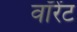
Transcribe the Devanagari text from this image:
वॉरेंट